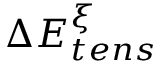
\Delta E _ { t e n s } ^ { \xi }